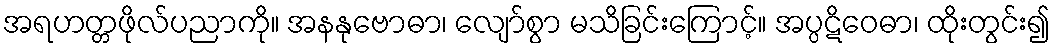
အရဟတ္တဖိုလ်ပညာကို။ အနနုဗောဓာ၊ လျော်စွာ မသိခြင်းကြောင့်။ အပ္ပဋိဝေဓာ၊ ထိုးတွင်း၍